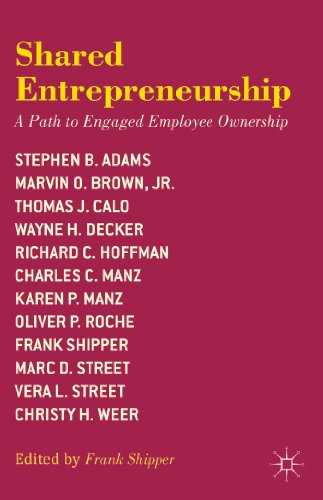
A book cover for Shared Entrepreneurship: A Path to Engaged Employee Ownership; Business & Money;